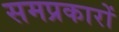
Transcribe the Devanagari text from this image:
समप्रकारों